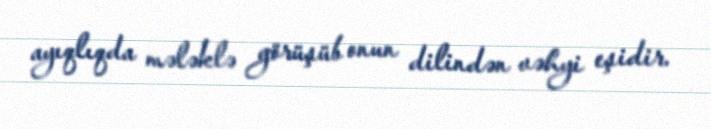
ayıqlıqda mələklə görüşüb onun dilindən vəhyi eşidir.